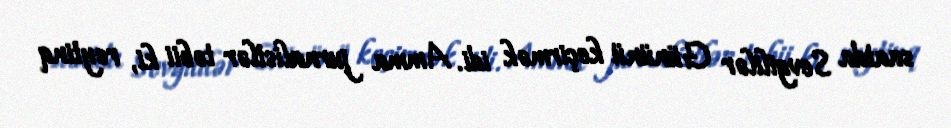
saatda Sevgililər Gününü keçirmək idi. Amma jurnalistlər təbii ki, reytinq